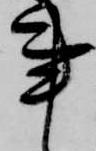
事